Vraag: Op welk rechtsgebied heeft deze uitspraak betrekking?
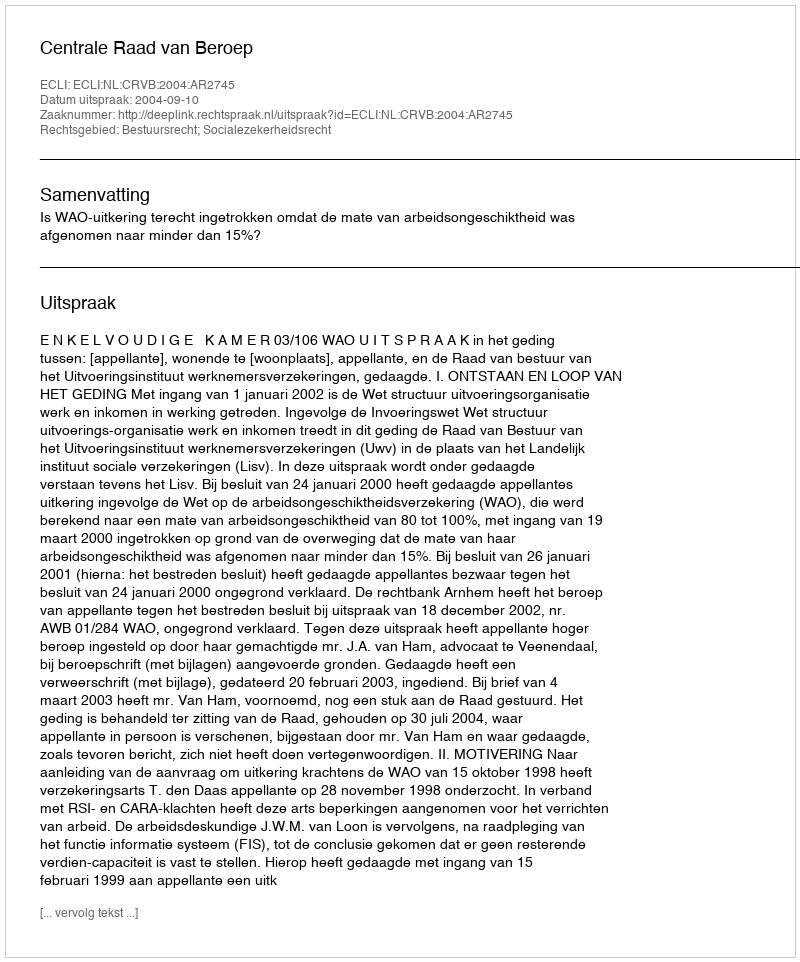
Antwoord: Bestuursrecht; Socialezekerheidsrecht